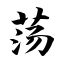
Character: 荡